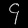
Digit: ၄